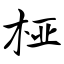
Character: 桠